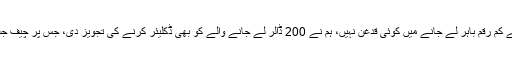
ڈی جی ایف آئی اے بشیرمیمن نے بتایا دس ہزارڈالر سے کم رقم باہر لے جانے میں کوئی قدغن نہیں، ہم نے 200 ڈالر لے جانے والے کو بھی ڈکلیئر کرنے کی تجویز دی، جس پر چیف جسٹس نے کہا ایسا ممکن نہیں اور دنیا میں ایسا نہیں ہوتا۔